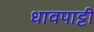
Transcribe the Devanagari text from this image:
धावपाट्टी